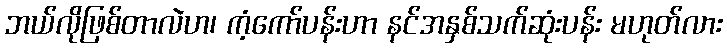
ဘယ်လိုဖြစ်တာလဲဟ၊ ကံ့ကော်ပန်းဟာ နင်အနှစ်သက်ဆုံးပန်း မဟုတ်လား